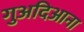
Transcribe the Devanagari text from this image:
गुअदिआना